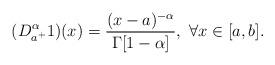
LaTeX: \begin{align*}( D _{a^+}^{\alpha} 1)(x)=\frac{(x-a)^{-\alpha}}{\Gamma[1-\alpha]}, \ \forall x\in [a, b].\end{align*}